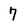
Character: 7